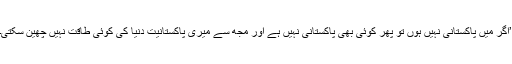
’اگر میں پاکستانی نہیں ہوں تو پھر کوئی بھی پاکستانی نہیں ہے اور مجھ سے میری پاکستانیت دنیا کی کوئی طاقت نہیں چھین سکتی۔